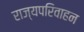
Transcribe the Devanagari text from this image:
राज्यपरिवाहन